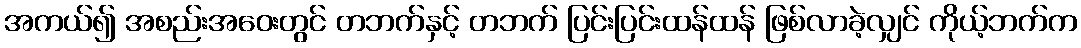
အကယ်၍ အစည်းအဝေးတွင် တဘက်နှင့် တဘက် ပြင်းပြင်းထန်ထန် ဖြစ်လာခဲ့လျှင် ကိုယ့်ဘက်က